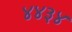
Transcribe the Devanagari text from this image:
४४३४